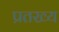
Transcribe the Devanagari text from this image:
प्रतख्य